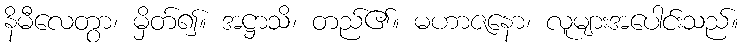
နိမီလေတွာ၊ မှိတ်၍။ အဋ္ဌာသိ၊ တည်၏။ မဟာဇနော၊ လူများအပေါင်းသည်။